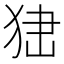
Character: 𤞍